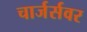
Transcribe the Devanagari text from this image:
चार्जर्सवर